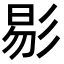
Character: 𢒗